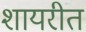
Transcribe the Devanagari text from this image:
शायरीत